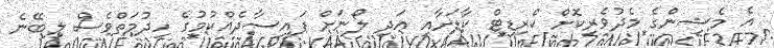
އެ މެޝިންގެ މެދުވެރިކޮށް ކްރިޑިޓް ކާޑަށާއި އަދި ލޯނަށް ފައިސާދެއްކުމުގެ ހިދުމަތްވެސް ލިބޭނެ